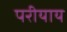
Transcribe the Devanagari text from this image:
परीयाय